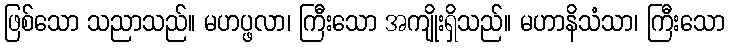
ဖြစ်သော သညာသည်။ မဟပ္ဖလာ၊ ကြီးသော အကျိုးရှိသည်။ မဟာနိသံသာ၊ ကြီးသော